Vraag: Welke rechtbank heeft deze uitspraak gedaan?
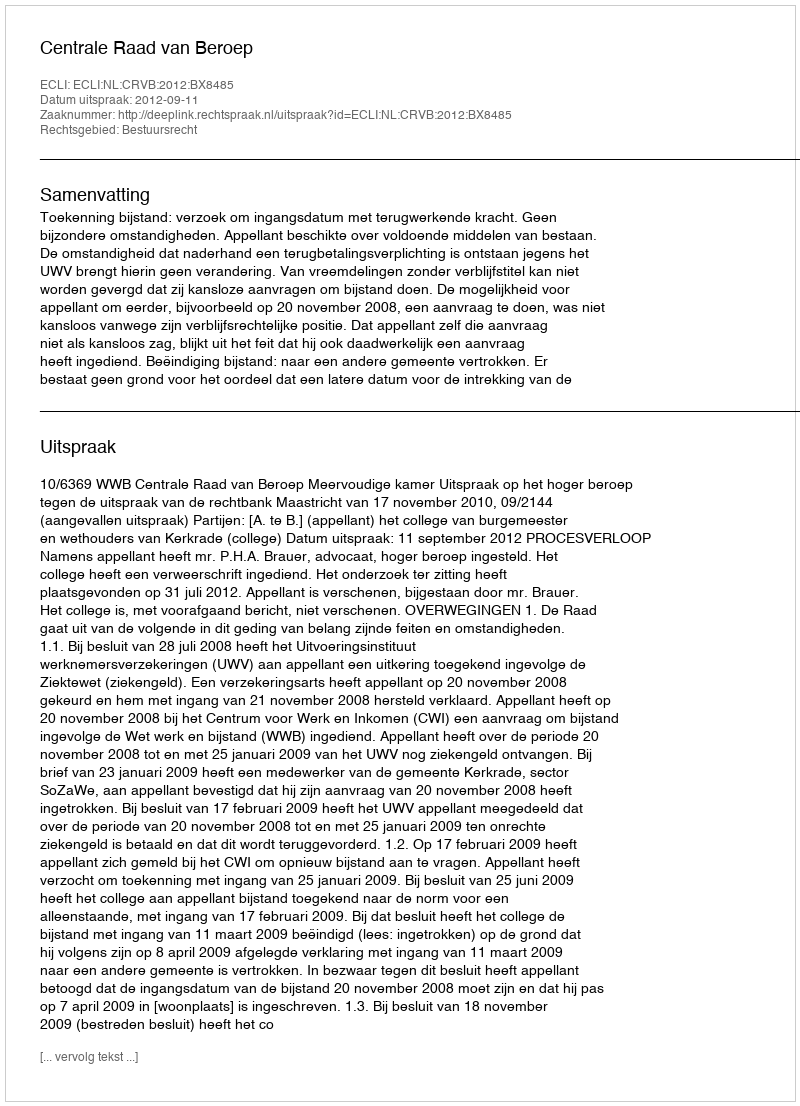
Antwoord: Centrale Raad van Beroep